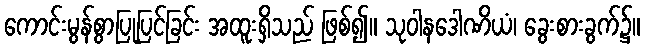
ကောင်းမွန်စွာပြုပြင်ခြင်း အထူးရှိသည် ဖြစ်၍။ သုဝါနဒေါဏိယံ၊ ခွေးစားခွက်၌။